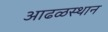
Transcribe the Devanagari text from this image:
आढळस्थान